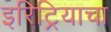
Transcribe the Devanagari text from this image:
इरिट्रियाचा